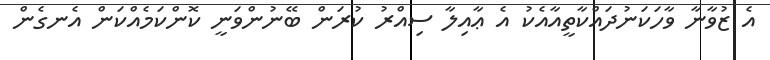
އެ ޒުވާނާ ވާހަކަނުދައްކާތީއާއެކު އެ ޢާއިލާ ސިއްރު ކުރަން ބޭނުންވަނީ ކޮންކަމެއްކަން އެނގެން